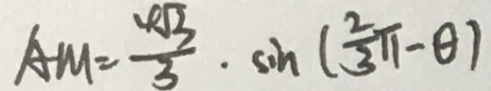
A M = \frac { 4 \sqrt { 3 } } { 3 } \cdot \sin ( \frac { 2 } { 3 } \pi - \theta )